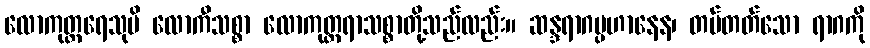
လောကုတ္တရေသုပိ လောကီသစ္စာ လောကုတ္တရာသစ္စာတို့သည်လည်း။ ဆန္ဒရာဂပ္ပဟာနေန၊ တပ်တတ်သော ရာဂကို